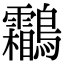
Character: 鸘